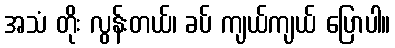
အသံ တိုး လွန်းတယ်၊ ခပ် ကျယ်ကျယ် ပြောပါ။